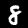
Digit: 8